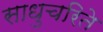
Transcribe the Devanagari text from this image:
साधुचरिते